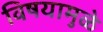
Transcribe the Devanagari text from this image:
विषयामुळे